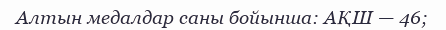
Алтын медалдар саны бойынша: АҚШ — 46;